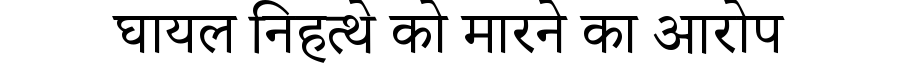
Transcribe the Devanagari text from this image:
घायल निहत्थे को मारने का आरोप